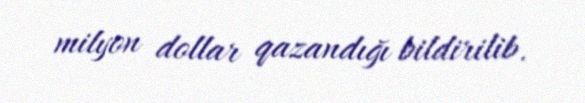
milyon dollar qazandığı bildirilib.